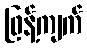
ဖြန့်ကျက်